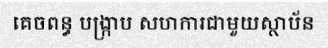
គេចពន្ធ បង្ក្រាប សហការជាមួយស្ថាប័ន